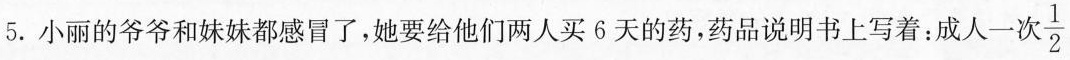
5.小丽的爷爷和妹妹都感冒了，她要给他们两人买6天的药，药品说明书上写着：成人一 \frac{1}{2}